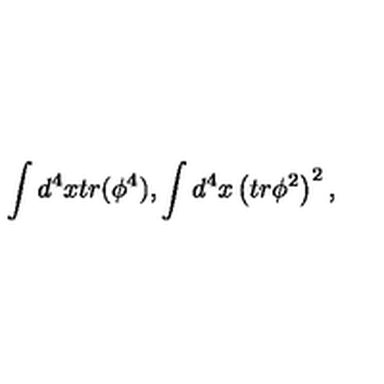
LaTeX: \int d ^ { 4 } x t r ( \phi ^ { 4 } ) , \int d ^ { 4 } x \left( t r \phi ^ { 2 } \right) ^ { 2 } ,